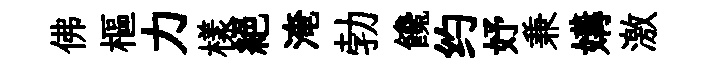
佛樞力樣絕淹勃饞约妤兼媾激